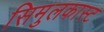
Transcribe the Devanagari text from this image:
सिमुलकास्ट